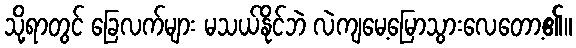
သို့ရာတွင် ခြေလက်များ မသယ်နိုင်ဘဲ လဲကျမေ့မြောသွားလေတော့၏။